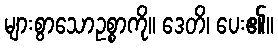
များစွာသောဥစ္စာကို။ ဒေတိ၊ ပေး၏။